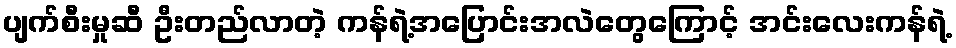
ပျက်စီးမှုဆီ ဦးတည်လာတဲ့ ကန်ရဲ့အပြောင်းအလဲတွေကြောင့် အင်းလေးကန်ရဲ့